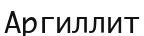
Аргиллит